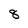
Character: 8